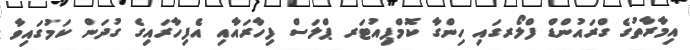
އިމާރާތުގެ ގްރައުންޑް ފްލޯރގައި ހިންގާ ކޮމްޕިއުޓަރ ޕްލަސް ފިހާރައާއި އެފިހާރައިގެ ގުދަން ކަމުގައިވާ